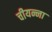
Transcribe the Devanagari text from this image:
चीयन्ना